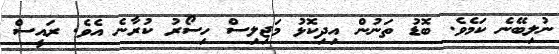
ނުލިބޭނެ ކަމެވެ. ބޮޑު ތަނުން އިދިކޮޅު މަޖިލިސް ހިސޯރު ކުރާނެ އެވެ. ރައީސް